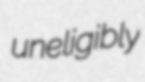
uneligibly